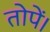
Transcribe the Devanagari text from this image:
तोपें।